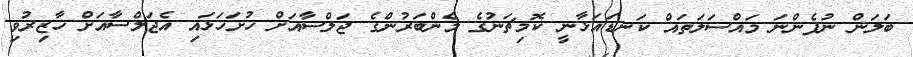
ބަލަން ނުފެންނަ މައްސަލަތައް ކަނޑައަޅާނީ ކޮމިޗަނުގެ މެންބަރުންގެ ޖަލްސާއަށް ހުށަހަޅައި އެޖަލްސާއަށް ހާޒިރުވި